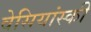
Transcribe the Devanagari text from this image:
वेसियांस्की